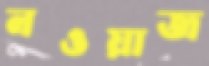
নওয়াজ